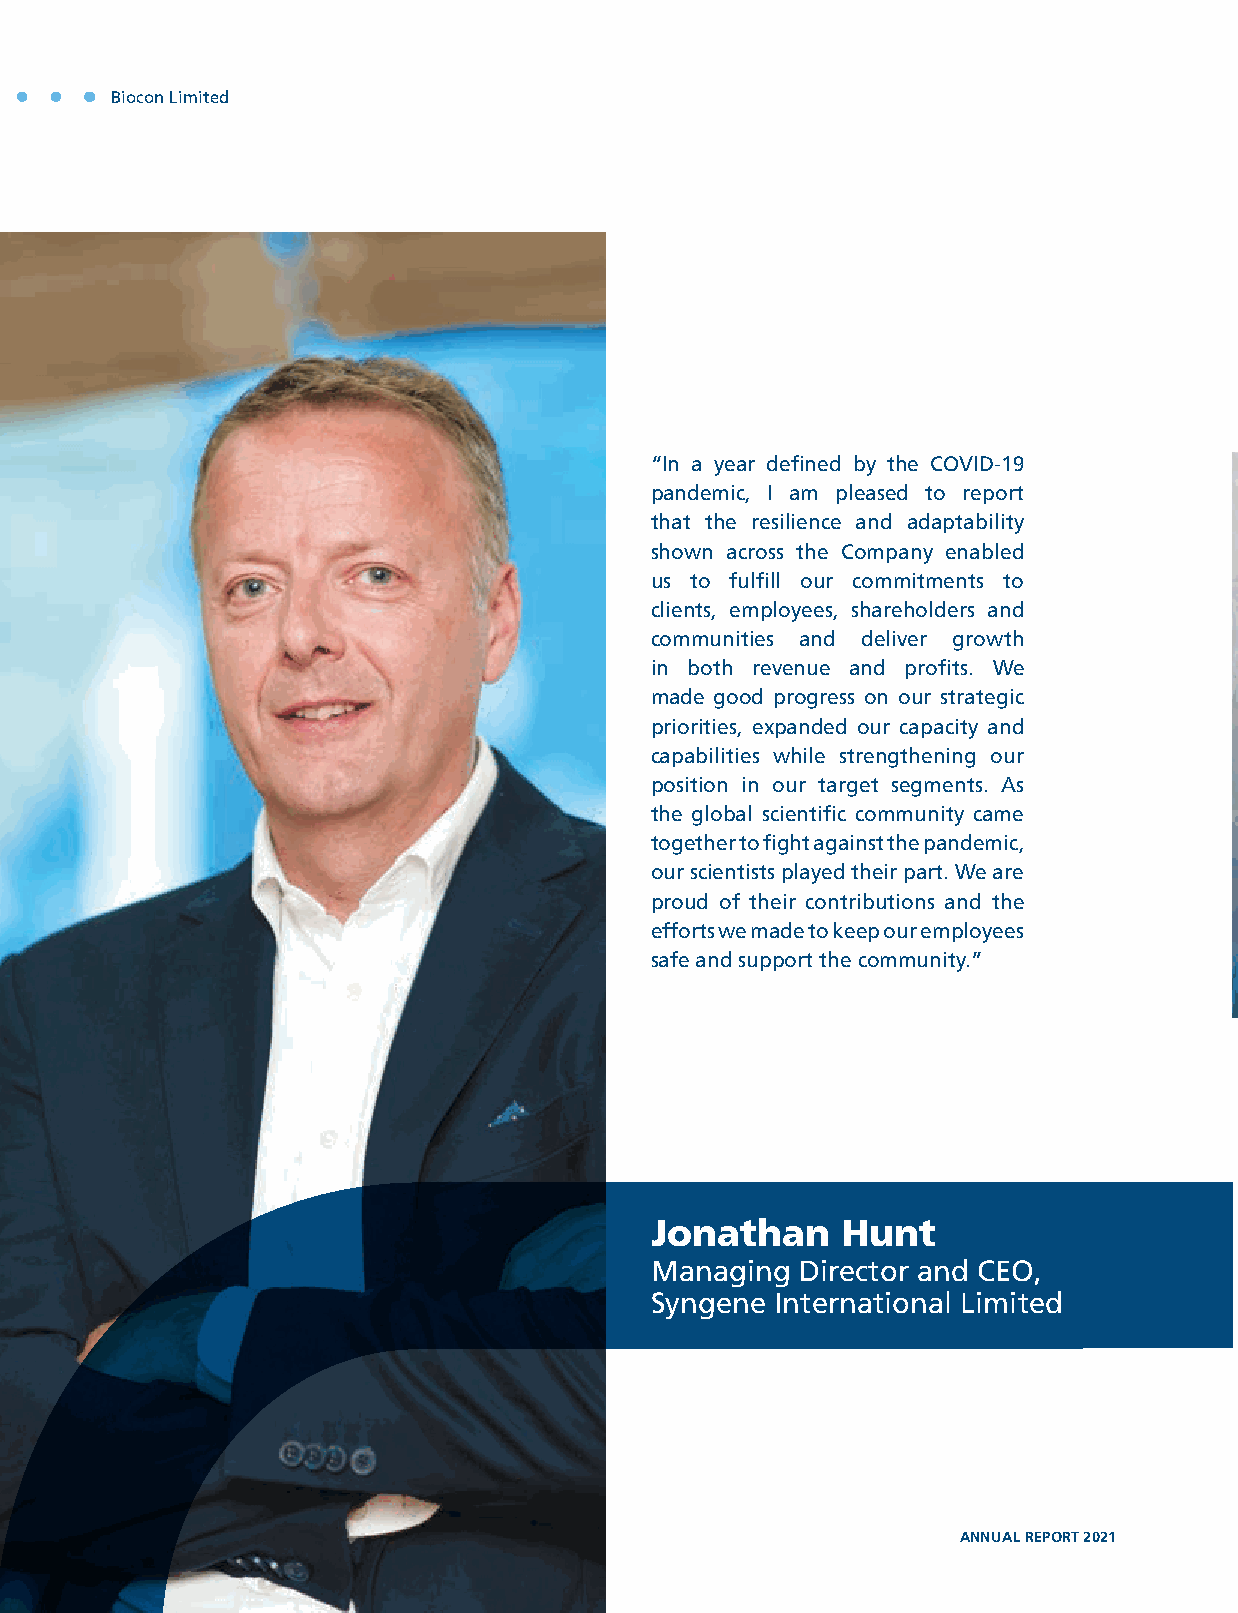
Biocon Limited
 “In a year defined by the COVID-19
 pandemic, I am pleased to report
 that the resilience and adaptability
 shown across the Company enabled
 us to fulfill our commitments to
 clients, employees, shareholders and
 communities and deliver growth
 in both revenue and profits. We
 made good progress on our strategic
 priorities, expanded our capacity and
 capabilities while strengthening our
 position in our target segments. As
 the global scientific community came
 together to fight against the pandemic,
 our scientists played their part. We are
 proud of their contributions and the
 efforts we made to keep our employees
 safe and support the community.”
 Jonathan     Hunt
 Managing  Director and CEO,
 Syngene International Limited
 94   UNWAVERING PURPOSE                                  ANNUAL REPORT 2021